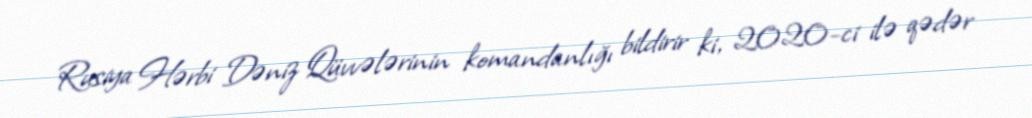
Rusiya Hərbi Dəniz Qüvvələrinin komandanlığı bildirir ki, 2020-ci ilə qədər